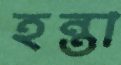
হন্তা